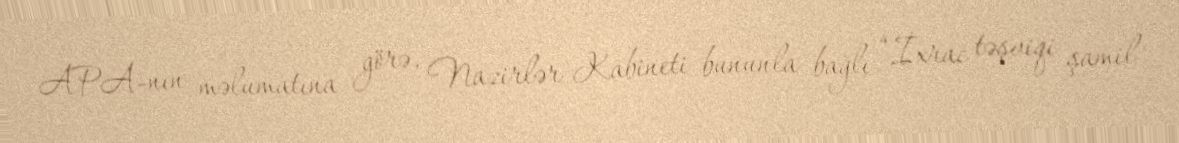
APA-nın məlumatına görə, Nazirlər Kabineti bununla bağlı “İxrac təşviqi şamil